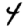
Digit: 4